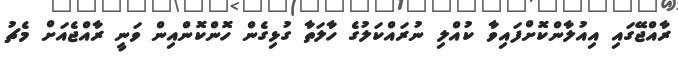
ރާއްޖޭގައި އިއުލާންކޮށްފައިވާ ކުއްލި ނުރައްކަލުގެ ހާލަތާ ގުޅިގެން ހޮންކޮންއިން ވަނީ ރާއްޖެއަށް މެޗު